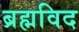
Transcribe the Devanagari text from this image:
ब्रह्मविद